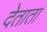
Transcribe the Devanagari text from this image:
देताता